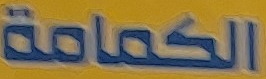
الكمامة